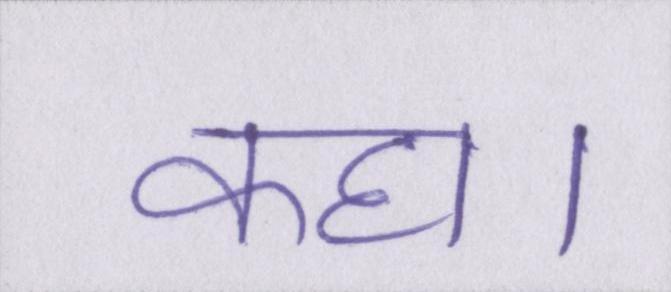
कहा।